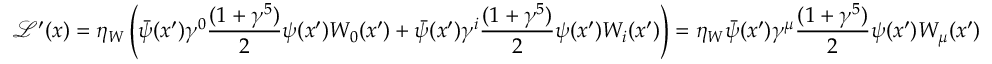
\mathcal { L } ^ { \prime } ( x ) = \eta _ { W } \left( \bar { \psi } ( x ^ { \prime } ) \gamma ^ { 0 } \frac { ( 1 + \gamma ^ { 5 } ) } { 2 } \psi ( x ^ { \prime } ) W _ { 0 } ( x ^ { \prime } ) + \bar { \psi } ( x ^ { \prime } ) \gamma ^ { i } \frac { ( 1 + \gamma ^ { 5 } ) } { 2 } \psi ( x ^ { \prime } ) W _ { i } ( x ^ { \prime } ) \right) = \eta _ { W } \bar { \psi } ( x ^ { \prime } ) \gamma ^ { \mu } \frac { ( 1 + \gamma ^ { 5 } ) } { 2 } \psi ( x ^ { \prime } ) W _ { \mu } ( x ^ { \prime } )